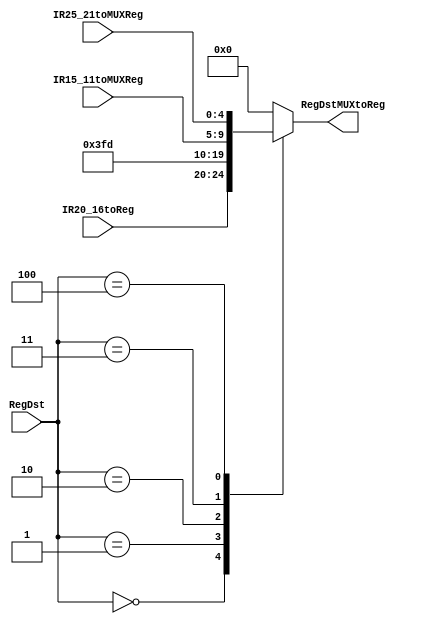
// Mux 5x1
module irToReg(
    input wire [4:0] IR20_16toReg,  // rt 
    input wire [4:0] IR15_11toMUXReg, // 15-11 rd 
    input wire [4:0] IR25_21toMUXReg, // 25-21 rs
    input wire [2:0] RegDst, // 3-bit input to select between 5 inputs
    output reg [4:0] RegDstMUXtoReg
);

    always @* begin
        case (RegDst)
            3'b000: RegDstMUXtoReg = IR20_16toReg;
            3'b001: RegDstMUXtoReg = 5'b11111; // 31  
            3'b010: RegDstMUXtoReg = 5'b11101; // 29 
            3'b011: RegDstMUXtoReg = IR15_11toMUXReg; // rd
            3'b100: RegDstMUXtoReg = IR25_21toMUXReg; // rs
            default: RegDstMUXtoReg = 32'b0; // Valor padro quando RegDst  invlido
        endcase
    end

endmodule